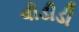
વીડીડી